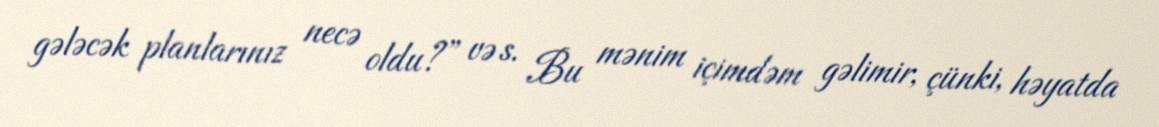
gələcək planlarınız necə oldu?” və s. Bu mənim içimdəm gəlimir, çünki, həyatda